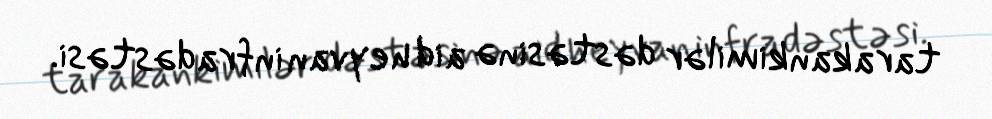
tarakankimilər dəstəsinə aid heyvan infradəstəsi.